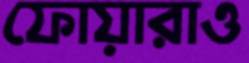
ফোয়ারাও